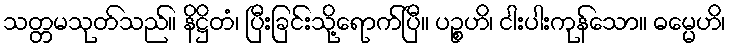
သတ္တမသုတ်သည်။ နိဋ္ဌိတံ၊ ပြီးခြင်းသို့ရောက်ပြီ။ ပဉ္စဟိ၊ ငါးပါးကုန်သော။ ဓမ္မေဟိ၊